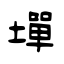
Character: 墠